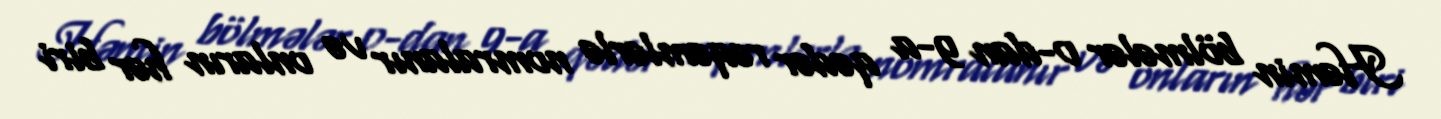
Həmin bölmələr 0-dan 9-a qədər rəqəmlərlə nomralanır və onların hər biri